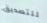
للتصديق